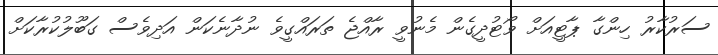
ސަރުކާރު ހިންގާ ޕާޓީއަށް ވޯޓުދީގެން މެނުވީ ރާއްޖެ ތަރައްގީވެ ނުދާނެކަން އަދިވެސް ގަބޫލުކުރާކަށް